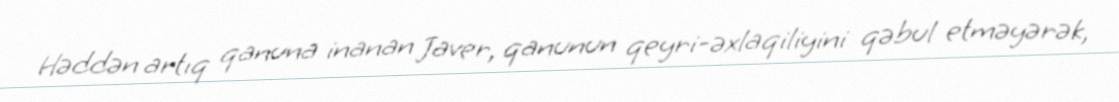
Həddən artıq qanuna inanan Javer, qanunun qeyri-əxlaqiliyini qəbul etməyərək,